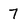
Character: 7